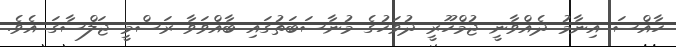
ހާއްސަ އިނާމު ދެއްވާނީ ޖުމްހޫރީ ދުވަހުގެ މުނާސަބަތުގައި ބާއްވަވާ ރަސްމީ ޖަލްސާގަ އެވެ.